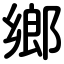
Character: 鄉